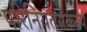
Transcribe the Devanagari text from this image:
परिनियतसंकल्प